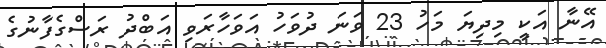
އޭނާ އަކީ މިދިޔަ މަހު 23 ވަނަ ދުވަހު އަވަހާރަވި އަބްދު ރަސްގެފާނުގެ